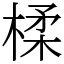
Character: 楺